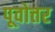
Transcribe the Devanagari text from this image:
पूवोत्तर